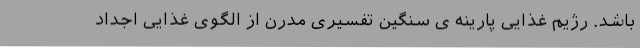
باشد. رژیم غذایی پارینه ی سنگین تفسیری مدرن از الگوی غذایی اجداد